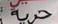
حرية